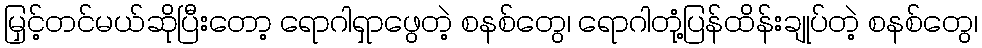
မြှင့်တင်မယ်ဆိုပြီးတော့ ရောဂါရှာဖွေတဲ့ စနစ်တွေ၊ ရောဂါတုံ့ပြန်ထိန်းချုပ်တဲ့ စနစ်တွေ၊